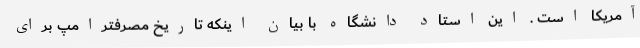
آمریکا است . این استاد دانشگاه با بیان اینکه تاریخ مصرفترامپ برای